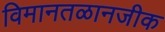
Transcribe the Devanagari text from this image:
विमानतळानजीक